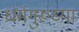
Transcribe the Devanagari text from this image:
धर्मगुरूच्या